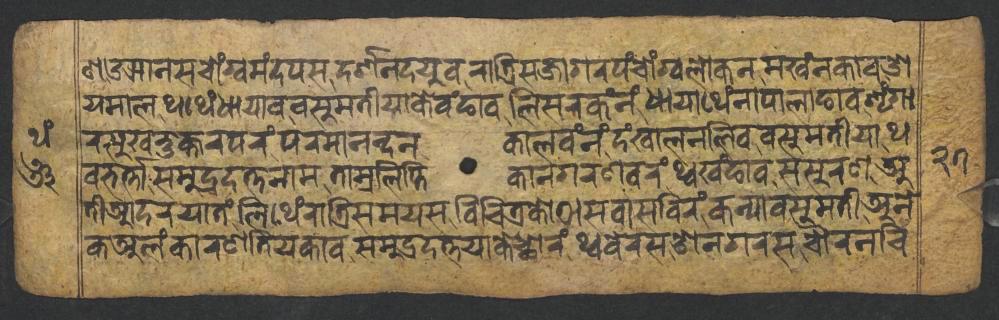
𑐞𑑁𑐗𑐵𑐣𑐳𑐔𑑀𑑄𑐐𑑂𑐰𑐩𑑄𑐡𑐥𑐳𑐡𑐬𑑂𑐱𑐣𑐡𑐫𑐸𑐰𑐬𑐵𑐟𑑂𑐬𑐶𑐳𑐖𑐵𑐐𑐬𑐥𑑄𑐔𑑀𑑄𑐐𑑂𑐰𑐮𑑀𑐎𑐣𑐩𑐏𑑄𑐣𑐎𑐵𑐰𑐌 𑐫𑐩𑐵𑐮𑐠𑐠𑐾𑑄𑐢𑐵𑐫𑐵𑐰𑐰𑐳𑐸𑐩𑐟𑐷𑐫𑐵𑐎𑐾𑐰𑑄𑐒𑐵𑐰𑐮𑐶𑐳𑐬𑐎𑑄𑐣𑑄𑐢𑐵𑐫𑐵𑐠𑐾𑑄𑐣𑐵𑐥𑐵𑐮𑐵𑐒𑐵𑐰𑐱𑐺𑑄𑐐𑐵 𑐬𑐳𑐸𑐏𑐨𑐸𑐎𑑂𑐟𑐬𑐥𑐬𑑄𑐥𑐬𑐩𑐵𑐣𑐣𑑂𑐡𑐣𑐎𑐵𑐮𑐰𑑄𑐣𑑄𑐡𑑄𑐏𑐵𑐮𑐣𑐮𑐶𑐰𑐰𑐳𑐸𑐩𑐟𑐷𑐫𑐵𑐠 𑐰𑐨𑐬𑑂𑐟𑑂𑐟𑐵𑐳𑐩𑐸𑐡𑑂𑐬𑐡𑐟𑑂𑐟𑐣𑐵𑐩𑐟𑐵𑐩𑑂𑐬𑐮𑐶𑐥𑑂𑐟𑐶𑐎𑐵𑐣𑐐𑐬𑐞𑐰𑐬𑑄𑐠𑑂𑐰𑐏𑑄𑐒𑐵𑐰𑐳𑐳𑐸𑐬𑐞𑐀 𑐟𑐷𑐁𑐡𑐬𑐫𑐵𑐟𑑄𑐮𑐶𑐠𑐾𑑄𑐬𑐵𑐟𑑂𑐬𑐶𑐳𑐩𑐫𑐳𑐰𑐶𑐔𑐶𑐟𑑂𑐬𑐎𑑀𑐛𑐵𑐳𑐰𑐵𑐳𑐧𑐶𑐬𑑄𑐎𑐣𑑂𑐫𑐵𑐰𑐳𑐸𑐩𑐟𑐷𑐀𑐣𑐾 𑐎𑐀𑐮𑑄𑐎𑐵𑐬𑐞𑐟𑐶𑐫𑐎𑐵𑐰𑐳𑐩𑐸𑐡𑑂𑐬𑐡𑐟𑑂𑐟𑐫𑐵𑐎𑐾𑐕𑑀𑐬𑑄𑐠𑑂𑐰𑐧𑐾𑐬𑐳𑐌𑐣𑐐𑐬𑐳𑐔𑑁𑐬𑐣𑐔𑐶